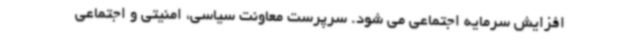
افزایش سرمایه اجتماعی می شود. سرپرست معاونت سیاسی، امنیتی و اجتماعی